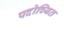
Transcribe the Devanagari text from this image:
पदोच्यित